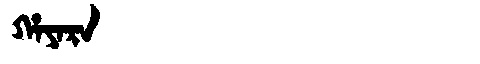
Manchu: ᡥᠠᠶᠠᡵᠠ
Romanization: HAYARA